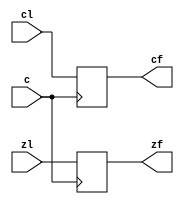
module reg_flags (c, cl, zl, cf, zf);
input c;
input zl, cl;

output cf;
reg cf;

output zf;
reg zf;

always @(posedge c)
begin
	cf = cl;
	zf = zl;
end

endmodule